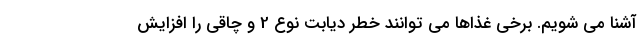
آشنا می شویم. برخی غذاها می توانند خطر دیابت نوع 2 و چاقی را افزایش